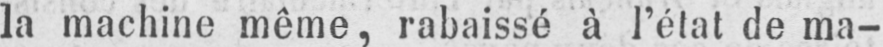
la machine même, rabaissé à l’état de ma-